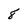
Character: 8